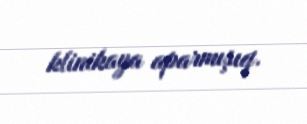
klinikaya aparmışıq.